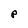
Character: P